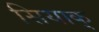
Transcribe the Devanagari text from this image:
सियाक्